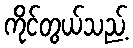
ကိုင်တွယ်သည့်